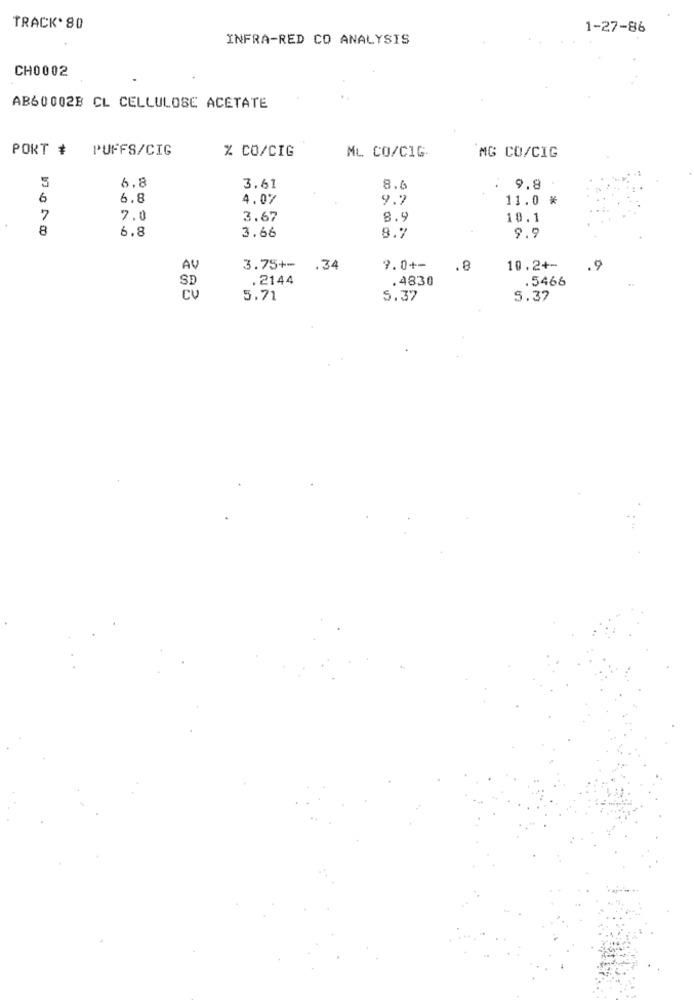
TRACK. 80
1-27-86
INFRA-RED CO ANALYSIS
CH0002
AB600028 CL CELLULOSE ACETATE
PORT #
PUFFS/CIG
% CO/CIG
ML CO/CIG
MG CO/CIG
5
6.8
3.61
8.6
9.8
6
6.8
4.07
9.7
11.0 *
7
7.0
3.67
8.9
10.1
8
3.66
6.8
8.7
9.9
AV
3.75+-
.34
9.0+-
.8
10.2+-
.9
SD
. 2144
. 4830
.5466
CV
5.71
5.37
5.37